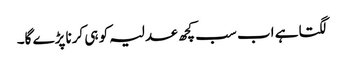
لگتا ہے اب سب کچھ عدلیہ کو ہی کرنا پڑے گا۔